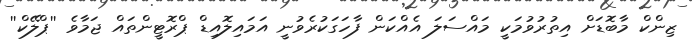
ޒިންކް މާބޮޑަށް އިތުރުވުމަކީ މައްސަލަ އެއްކަން ފާހަގަކުރެވުނީ އަމައިލޮއިޑް ޕްރޮޓީންތައް ޖަމާވެ ''ޕްލޭކް''